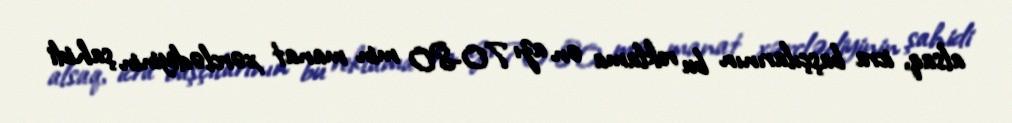
alsaq, icra başçılarının bu reklama ən azı 70-80 min manat xərclədiyinin şahidi